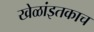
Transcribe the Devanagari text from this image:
खेळांइतकाच